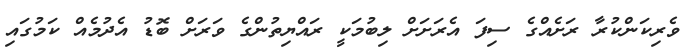
ވެރިކަންކުރާ ރަށެއްގެ ސިފަ އެރަށަށް ލިބުމަކީ ރައްޔިތުންގެ ވަރަށް ބޮޑު އެދުމެއް ކަމުގައި